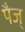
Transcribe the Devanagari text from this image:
पैज्